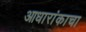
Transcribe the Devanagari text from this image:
आधारांकाचा